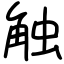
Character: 触